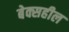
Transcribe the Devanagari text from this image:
बेक्सहील